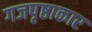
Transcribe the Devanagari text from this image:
गजपृष्ठाकार